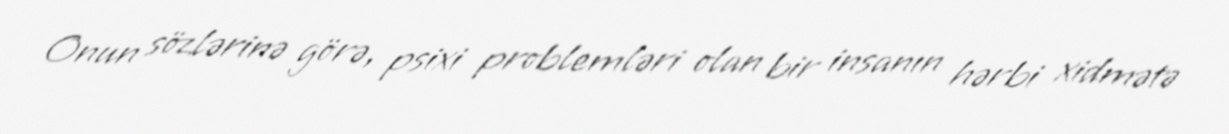
Onun sözlərinə görə, psixi problemləri olan bir insanın hərbi xidmətə